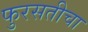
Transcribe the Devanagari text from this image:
फुरसतीचा